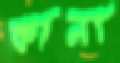
কানা